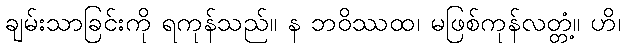
ချမ်းသာခြင်းကို ရကုန်သည်။ န ဘဝိဿထ၊ မဖြစ်ကုန်လတ္တံ့။ ဟိ၊